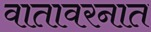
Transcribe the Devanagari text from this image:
वातावरनात